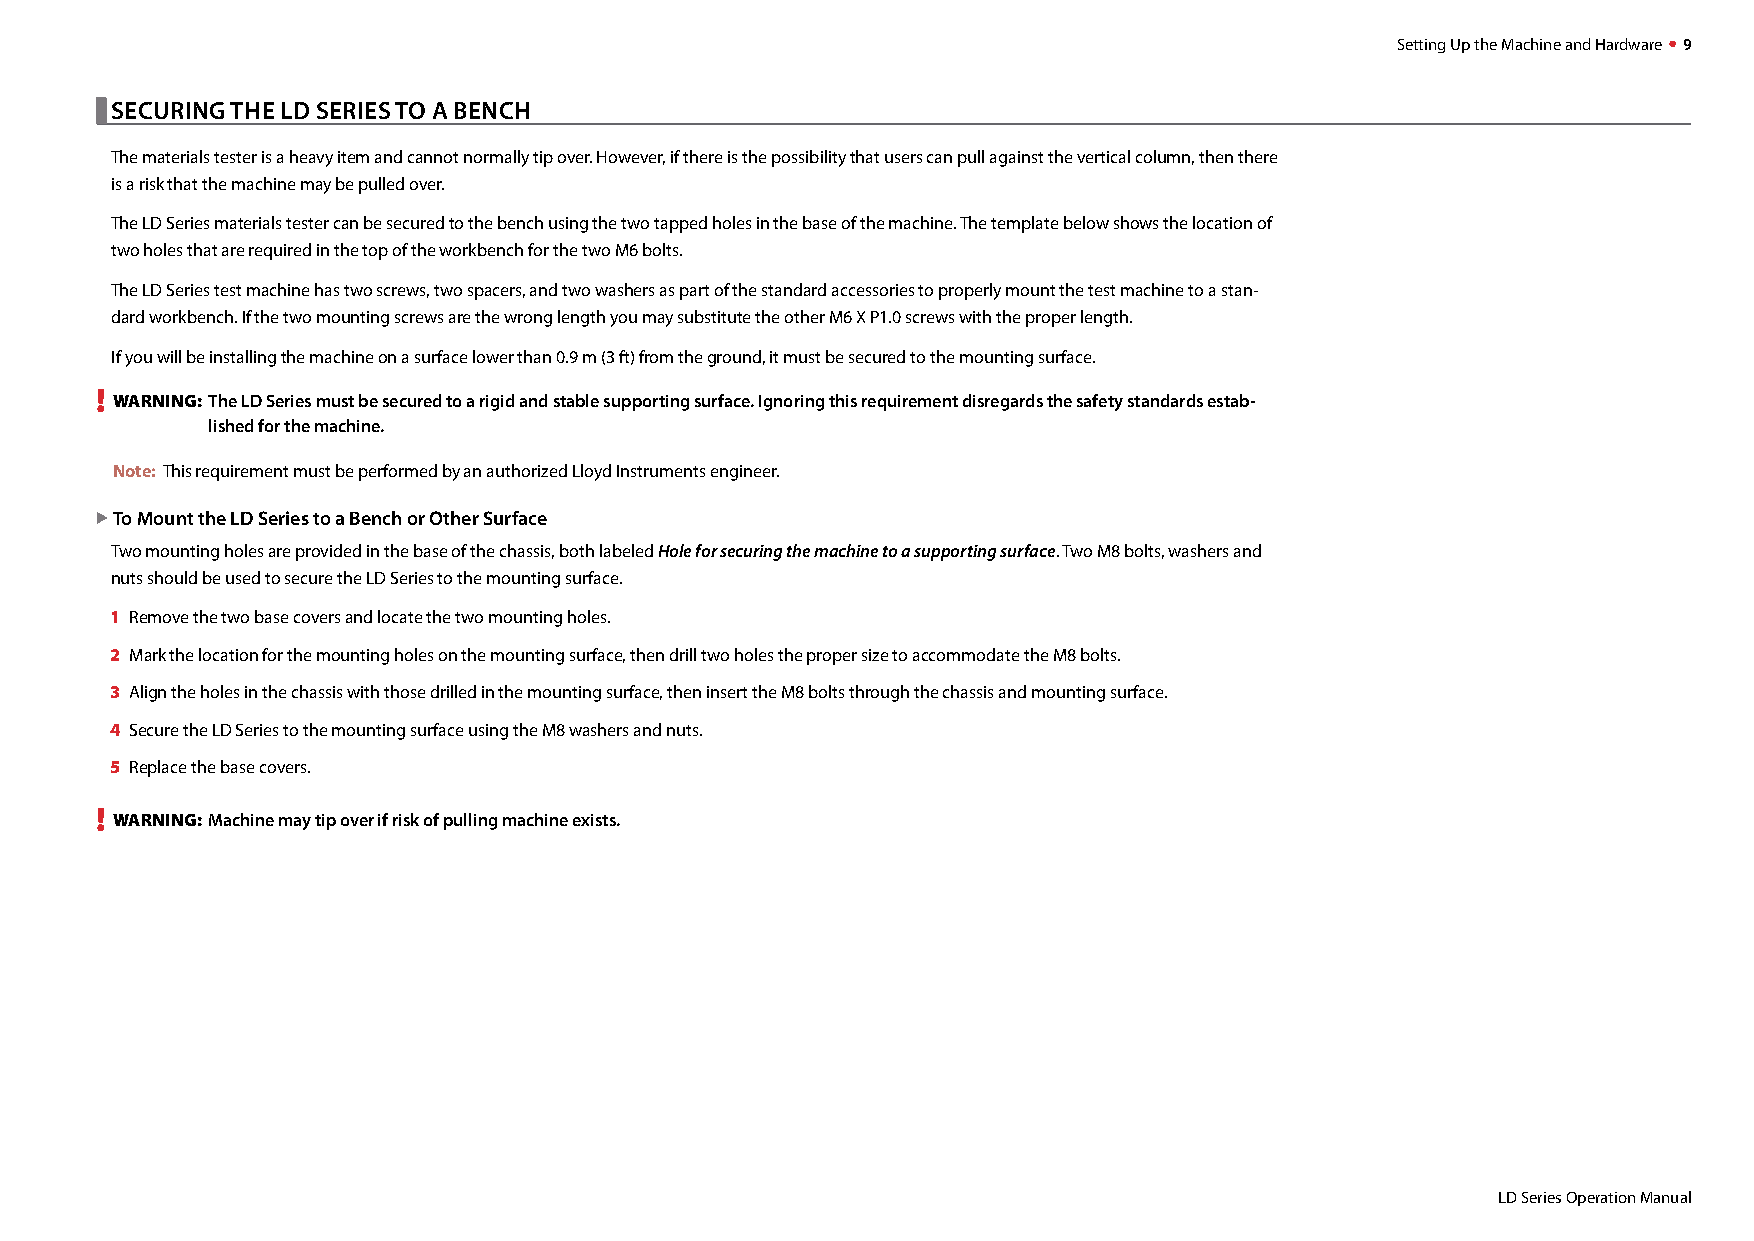
Setting Up the Machine and Hardware  9
 
 SECURING THE LD SERIES TO A BENCH
 The materials tester is a heavy item and cannot normally tip over. However, if there is the possibility that users can pull against the vertical column, then there
 is a risk that the machine may be pulled over.
 The LD Series materials tester can be secured to the bench using the two tapped holes in the base of the machine. The template below shows the location of
 two holes that are required in the top of the workbench for the two M6 bolts.
 The LD Series test machine has two screws, two spacers, and two washers as part of the standard accessories to properly mount the test machine to a stan-
 dard workbench. If the two mounting screws are the wrong length you may substitute the other M6 X P1.0 screws with the proper length.
 If you will be installing the machine on a surface lower than 0.9 m (3 ft) from the ground, it must be secured to the mounting surface.
 !
 WARNING: The LD Series must be secured to a rigid and stable supporting surface. Ignoring this requirement disregards the safety standards estab-
 lished for the machine.
 Note: This requirement must be performed by an authorized Lloyd Instruments engineer.
 X To Mount the LD Series to a Bench or Other Surface
 Two mounting holes are provided in the base of the chassis, both labeled Hole for securing the machine to a supporting surface. Two M8 bolts, washers and
 nuts should be used to secure the LD Series to the mounting surface.
 1 Remove the two base covers and locate the two mounting holes.
 2 Mark the location for the mounting holes on the mounting surface, then drill two holes the proper size to accommodate the M8 bolts.
 3 Align the holes in the chassis with those drilled in the mounting surface, then insert the M8 bolts through the chassis and mounting surface.
 4 Secure the LD Series to the mounting surface using the M8 washers and nuts.
 5 Replace the base covers.
 !
 WARNING: Machine may tip over if risk of pulling machine exists.
 LD Series Operation Manual